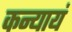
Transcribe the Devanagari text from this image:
कन्यायं